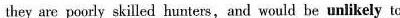
they are poorly skilled hunters, and would be unlikely to